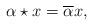
LaTeX: \begin{align*}\alpha \star x=\overline{\alpha}x,\end{align*}